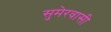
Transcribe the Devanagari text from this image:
सुमेरवासी